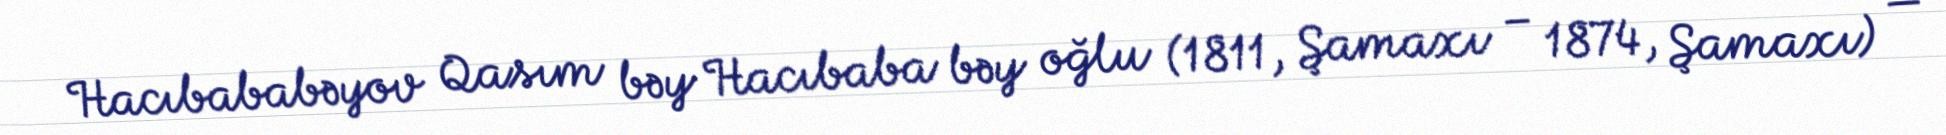
Hacıbababəyov Qasım bəy Hacıbaba bəy oğlu (1811, Şamaxı – 1874, Şamaxı) —